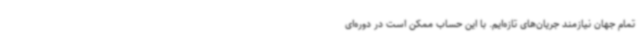
تمام جهان نیازمند جریان‌های تازه‌ایم. با این حساب ممکن است در دوره‌ای